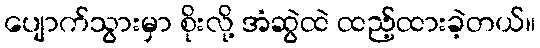
ပျောက်သွားမှာ စိုးလို့ အံဆွဲထဲ ထည့်ထားခဲ့တယ်။